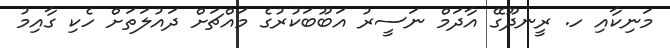
މަނިކާއި ހ. ރީނދޫގޭ އާދަމް ނަސީރު އަބޫބަކުރުގެ މައްޗަށް ދައުލަތަށް ހެކި ގާއިމު